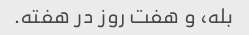
بله، و هفت روز در هفته.